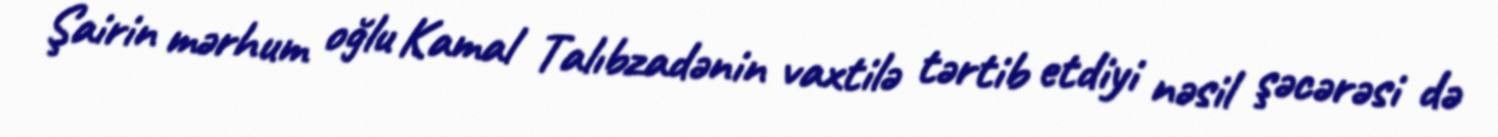
Şairin mərhum oğlu Kamal Talıbzadənin vaxtilə tərtib etdiyi nəsil şəcərəsi də